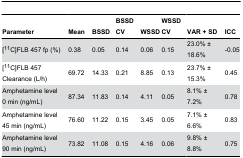
<table><thead><tr><td><b>Parameter</b></td><td><b>Mean</b></td><td><b>BSSD</b></td><td><b>BSSD CV</b></td><td><b>WSSD</b></td><td><b>WSSD CV</b></td><td><b>VAR + SD</b></td><td><b>ICC</b></td></tr></thead><tbody><tr><td>[<sup>11</sup>C]FLB 457 fp (%)</td><td> 0.38 </td><td> 0.05 </td><td> 0.14 </td><td> 0.06 </td><td> 0.15 </td><td>23.0% ± 18.6%</td><td>-0.05</td></tr><tr><td>[<sup>11</sup>C]FLB 457 Clearance (L/h)</td><td> 69.72 </td><td> 14.33 </td><td> 0.21 </td><td> 8.85 </td><td> 0.13 </td><td>23.7% ± 15.3%</td><td>0.45</td></tr><tr><td>Amphetamine level 0 min (ng/mL)</td><td> 87.34 </td><td> 11.83 </td><td> 0.14 </td><td> 4.11 </td><td> 0.05 </td><td>8.1% ± 7.2%</td><td>0.78</td></tr><tr><td>Amphetamine level 45 min (ng/mL)</td><td> 76.60 </td><td> 11.22 </td><td> 0.15 </td><td> 3.45 </td><td> 0.05 </td><td>7.1% ± 6.6%</td><td>0.83</td></tr><tr><td>Amphetamine level 90 min (ng/mL)</td><td> 73.82 </td><td> 11.08 </td><td> 0.15 </td><td> 4.16 </td><td> 0.06 </td><td>9.8% ± 8.8%</td><td>0.75</td></tr></tbody></table>